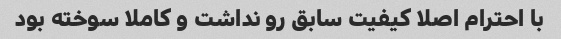
با احترام اصلا کیفیت سابق رو نداشت و کاملا سوخته بود